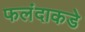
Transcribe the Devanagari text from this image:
फलंदाकडे